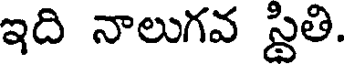
ఇది నాలుగవ స్థితి.